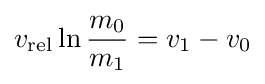
v_{\mathrm {rel} }\ln {\frac {m_{0}}{m_{1}}}=v_{1}-v_{0}